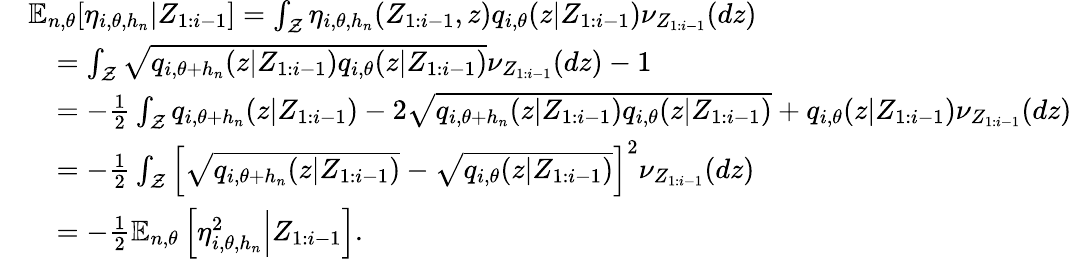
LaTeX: \begin{array}{rl}&{{\mathbb E}_{n,\theta}[\eta_{i,\theta,h_{n}}|Z_{1:i-1}]=\int_{\mathcal Z}\eta_{i,\theta,h_{n}}(Z_{1:i-1},z)q_{i,\theta}(z|Z_{1:i-1})\nu_{Z_{1:i-1}}(dz)}\\ &{\quad=\int_{\mathcal Z}\sqrt{q_{i,\theta+h_{n}}(z|Z_{1:i-1})q_{i,\theta}(z|Z_{1:i-1})}\nu_{Z_{1:i-1}}(dz)-1}\\ &{\quad=-\frac 12\int_{\mathcal Z}q_{i,\theta+h_{n}}(z|Z_{1:i-1})-2\sqrt{q_{i,\theta+h_{n}}(z|Z_{1:i-1})q_{i,\theta}(z|Z_{1:i-1})}+q_{i,\theta}(z|Z_{1:i-1})\nu_{Z_{1:i-1}}(dz)}\\ &{\quad=-\frac 12\int_{\mathcal Z}\left[\sqrt{q_{i,\theta+h_{n}}(z|Z_{1:i-1})}-\sqrt{q_{i,\theta}(z|Z_{1:i-1})}\right]^{2}\nu_{Z_{1:i-1}}(dz)}\\ &{\quad=-\frac 12{\mathbb E}_{n,\theta}\left[\eta_{i,\theta,h_{n}}^{2}\Big|Z_{1:i-1}\right].}\end{array}